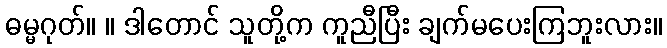
ဓမ္မဂုတ်။ ။ ဒါတောင် သူတို့က ကူညီပြီး ချက်မပေးကြဘူးလား။